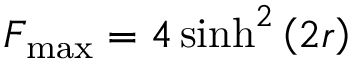
F _ { \operatorname* { m a x } } = 4 \sinh ^ { 2 } \left( 2 r \right)